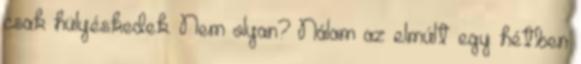
csak hülyéskedek. Nem olyan? Nálam az elmúlt egy hétben